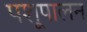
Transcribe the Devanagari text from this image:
पशूपालन